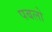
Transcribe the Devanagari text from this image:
पबलो